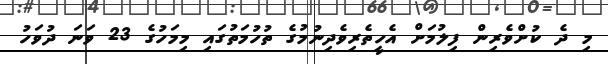
މި ދެ ކުށްވެރިން ފިލުމަށް އެހީތެރިވެދިނުމުގެ ތުހުމަތުގައި މިމަހުގެ 23 ވަނަ ދުވަހު